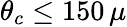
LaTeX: \theta_{c}\le 150\, \mu